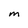
Character: M